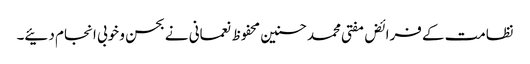
نظامت کے فرائض مفتی محمدحسنین محفوظ نعمانی نے بحسن و خوبی انجام دئیے۔